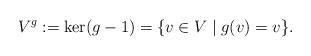
LaTeX: \begin{align*}V^g := \ker(g - 1) = \{v\in V\mid g(v) = v\}.\end{align*}